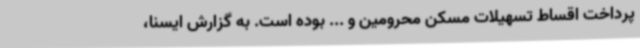
پرداخت اقساط تسهیلات مسکن محرومین و ... بوده است. به گزارش ایسنا،